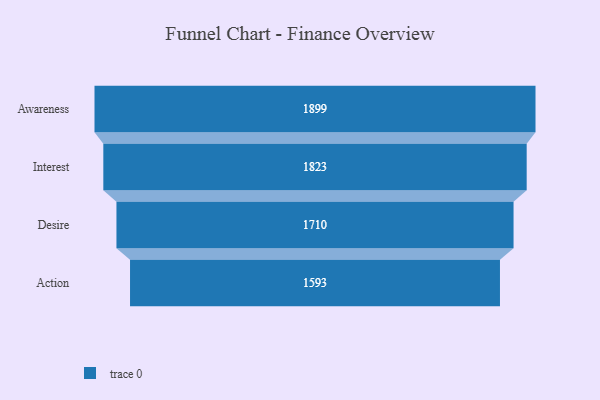
{"axis": {"x": "Stage", "y": "Value"}, "legend": [""], "data": [{"x": "Awareness", "y": 1899.0, "type": ""}, {"x": "Interest", "y": 1823.0, "type": ""}, {"x": "Desire", "y": 1710.0, "type": ""}, {"x": "Action", "y": 1593.0, "type": ""}]}